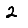
Digit: 2